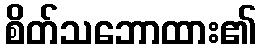
စိတ်သဘောထား၏